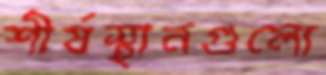
শীর্ষস্থানগুলো